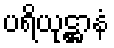
ပရိယုဋ္ဌာနံ